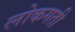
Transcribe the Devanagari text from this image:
लोकगती